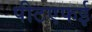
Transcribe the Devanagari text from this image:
पीटएफई